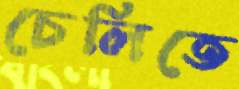
চেলিতে